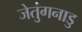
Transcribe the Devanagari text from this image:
जेतुंगनाडु